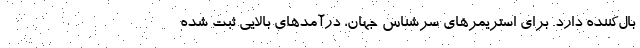
بال‌کننده دارد. برای استریمرهای سرشناس جهان، درآمدهای بالایی ثبت شده